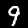
Label: 9